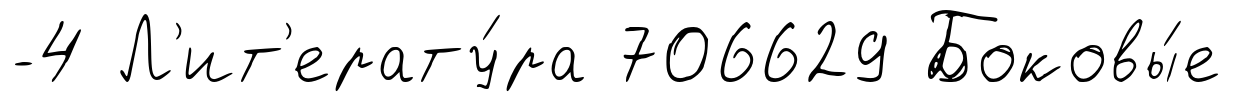
-4 Л'ит'ерату́ра 706629 Боковы́е